Scientific memoirs by medical officers of the Army of India - Part II,
Year: 1886
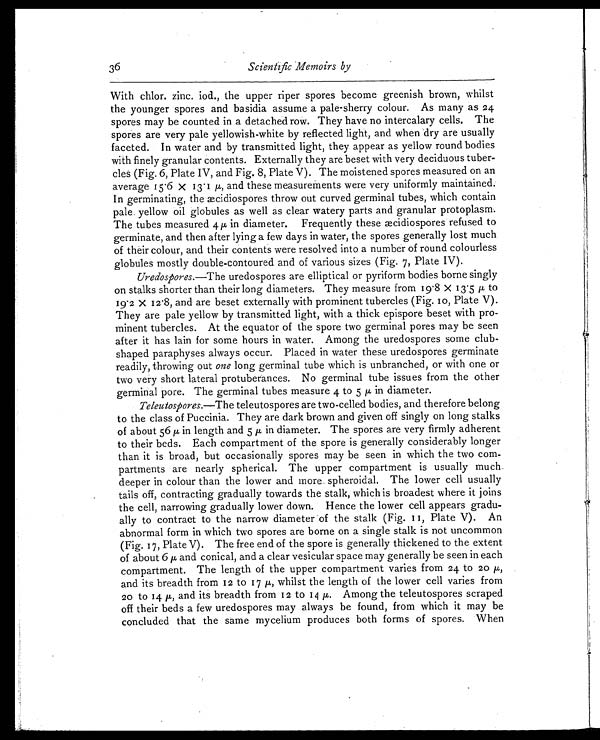
36
Scientific Memoirs by
With chlor. zinc. iod., the upper riper spores become greenish brown, whilst
the younger spores and basidia assume a pale-sherry colour. As many as 24
spores may be counted in a detached row. They have no intercalary cells. The
spores are very pale yellowish-white by reflected light, and when dry are usually
faceted. In water and by transmitted light, they appear as yellow round bodies
with finely granular contents. Externally they are beset with very deciduous tuber-
cles (Fig. 6, Plate IV, and Fig. 8, Plate V). The moistened spores measured on an
average 15. 6 X 13. 1 µ and t hese measurement s were very uni forml y mai nt ai ned.
In germinating, the æcidiospores throw out curved germinal tubes, which contain
pale yellow oil globules as well as clear watery parts and granular protoplasm.
The tubes measured 4 µ in diameter. Frequently these æcidiospores refused to
germinate, and then after lying a few days in water, the spores generally lost much
of their colour, and their contents were resolved into a number of round colourless
globules mostly double-contoured and of various sizes (Fig. 7, Plate IV).
Uredospores. —The uredospores are elliptical or pyriform bodies borne singly
on stalks shorter than their long diameters. They measure from 19.8 x 13.5 µ to
19.2 x 12.8, and are beset externally with prominent tubercles (Fig. 10, Plate V).
They are pale yellow by transmitted light, with a thick epispore beset with pro-
minent tubercles. At the equator of the spore two germinal pores may be seen
after it has lain for some hours in water. Among the uredospores some club-
shaped paraphyses always occur. Placed in water these uredospores germinate
readily, throwing out one long germinal tube which is unbranched, or with one or
two very short lateral protuberances. No germinal tube issues from the other
germinal pore. The germinal tubes measure 4 to 5 µ in diameter.
Teleutospores. —The teleutospores are two-celled bodies, and therefore belong
to the class of Puccinia. They are dark brown and given off singly on long stalks
of about 56 µ in length and 5 µ in diameter. The spores are very firmly adherent
to their beds. Each compartment of the spore is generally considerably longer
than it is broad, but occasionally spores may be seen in which the two com-
partments are nearly spherical. The upper compartment is usually much
deeper in colour than the lower and more, spheroidal. The lower cell usually
tails off, contracting gradually towards the stalk, which is broadest where it joins
the cell, narrowing gradually lower down. Hence the lower cell appears gradu-
ally to contract to the narrow diameter of the stalk (Fig. 11, Plate V). An
abnormal form in which two spores are borne on a single stalk is not uncommon
(Fig. 17, Plate V). The free end of the spore is generally thickened to the extent
of about 6 µ and conical, and a clear vesicular space may generally be seen in each
compartment. The length of the upper compartment varies from 24 to 20 µ,
and its breadth from 12 to 17 µ, whilst the length of the lower cell varies from
20 to 14 µ, and its breadth from 12 t o 14 µ. Among t he t el eut os por es s cr aped
off their beds a few uredospores may always be found, from which it may be
concluded that the same mycelium produces both forms of spores. When